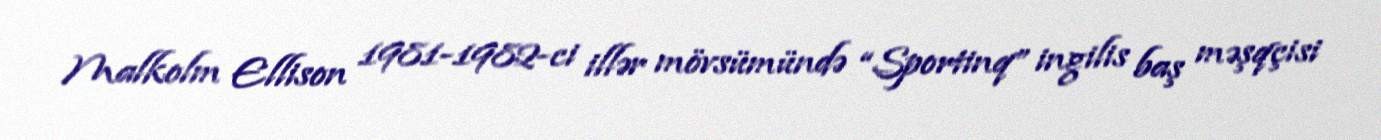
Malkolm Ellison 1981-1982-ci illər mövsümündə “Sportinq” ingilis baş məşqçisi